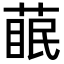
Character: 𮐊